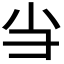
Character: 𢑐